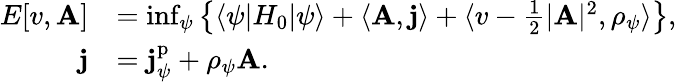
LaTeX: \begin{array}{rl}{E[v,\mathbf{A}]}&{=\operatorname*{inf}_{\psi}\left\{ \langle\psi|H_{0}|\psi\rangle+\langle\mathbf{A},\mathbf{j}\rangle+\langle v-\frac 12\vert\mathbf{A}\vert^{2},\rho_{\psi}\rangle\right\} ,}\\ {\mathbf{j}}&{=\mathbf{j}_{\psi}^{\mathrm{p}}+\rho_{\psi}\mathbf{A}.}\end{array}